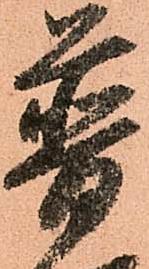
普